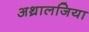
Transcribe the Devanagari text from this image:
अथ्रालजिया